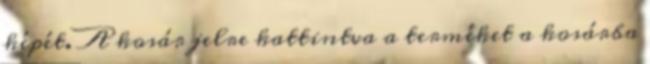
képét. A kosár jelre kattintva a terméket a kosárba